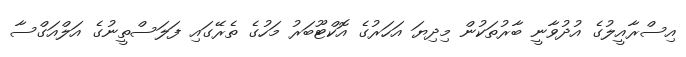
އިސްރާއީލުގެ އުދުވާނީ ބާރުތަކުން މިދިޔަ އަހަރުގެ އޮކްޓޫބަރު މަހުގެ ތެރޭގައި ފަލަސްތީނުގެ އަލްއަގްސާ